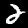
Label: 2